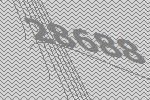
28688